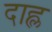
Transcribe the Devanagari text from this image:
दाह्ल